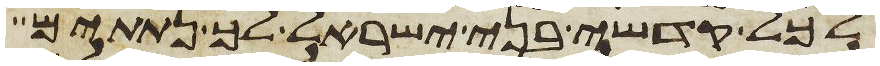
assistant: לכל קדשי בני ישראל לך נתתים